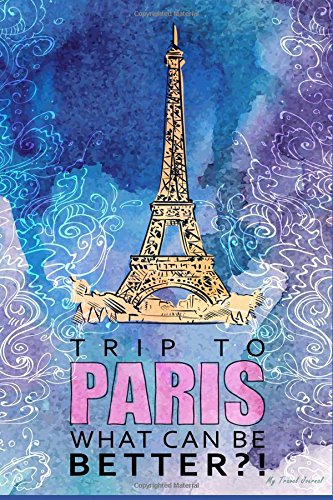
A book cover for My Travel Journal: Hand Drawn Watercolor Trip to Paris, Travel Planner & Journal, 6 x 9, 139 Pages; My Travel Journal; Travel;